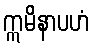
ဣမိနာပဟံ